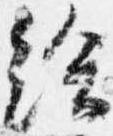
給